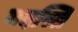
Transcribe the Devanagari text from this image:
यदस्ति